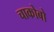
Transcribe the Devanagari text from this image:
चाकोबो